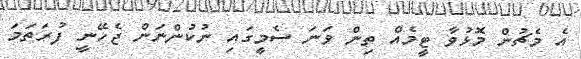
އެ މެޗުން މޮޅުވާ ޓީމެއް ތިން ވަނަ ސެމީގައި ނުކުންނަން ޖެހޭނީ ފުރަތަމަ